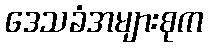
ဒေသခံအများစုက